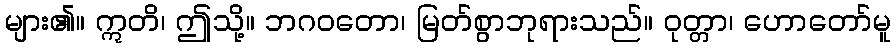
များ၏။ ဣတိ၊ ဤသို့။ ဘဂဝတော၊ မြတ်စွာဘုရားသည်။ ဝုတ္တာ၊ ဟောတော်မူ